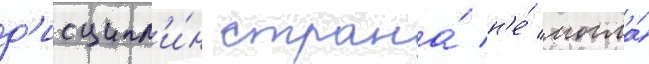
д'исципл'и́н страна́ н'е́ могла́